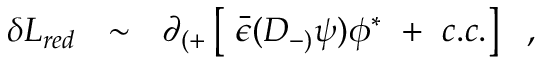
\delta { \cal L } _ { r e d } ~ ~ \sim ~ ~ \partial _ { ( + } \left[ ~ { \bar { \epsilon } } ( D _ { - ) } \psi ) \phi ^ { * } ~ + ~ c . c . \right] ~ ~ ,